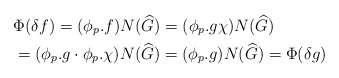
\begin{align*}&\Phi(\delta f)=(\phi_p.f)N(\widehat{G})=(\phi_p.g\chi)N(\widehat{G})\\&=(\phi_p.g\cdot\phi_p.\chi)N(\widehat{G})=(\phi_p.g)N(\widehat{G})=\Phi(\delta g)\end{align*}